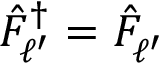
\hat { F } _ { \ell ^ { \prime } } ^ { \dagger } = \hat { F } _ { \ell ^ { \prime } } ^ { }